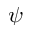
\psi